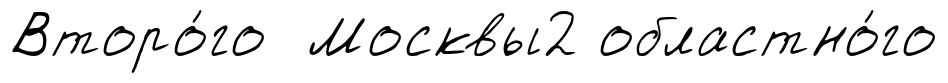
Второ́го Москвы2 областно́го